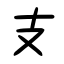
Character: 支